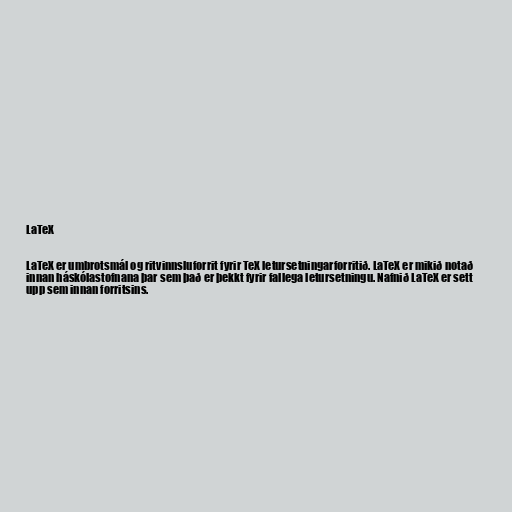
LaTeX

LaTeX er umbrotsmál og ritvinnsluforrit fyrir TeX letursetningarforritið. LaTeX er mikið notað
innan háskólastofnana þar sem það er þekkt fyrir fallega letursetningu. Nafnið LaTeX er sett
upp sem innan forritsins.